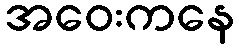
အဝေးကနေ